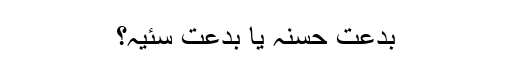
بدعتِ حسنہ یا بدعت سئیہ؟